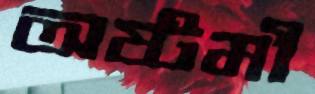
অষ্টমী